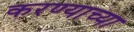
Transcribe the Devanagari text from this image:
करण्‍याच्‍या